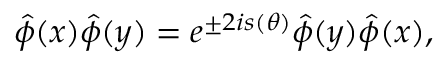
\hat { \phi } ( x ) \hat { \phi } ( y ) = e ^ { \pm 2 i s ( \theta ) } \hat { \phi } ( y ) \hat { \phi } ( x ) ,